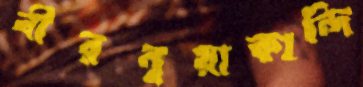
বীরনুয়াকান্দি